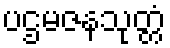
ပဌမဇနသုတ္တံ